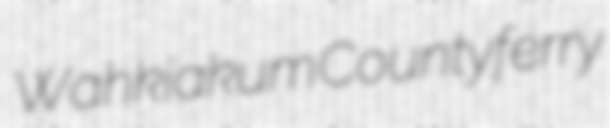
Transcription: Wahkiakum County ferry